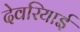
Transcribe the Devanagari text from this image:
देवरियाई